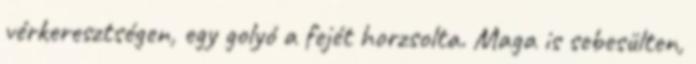
vérkeresztségen, egy golyó a fejét horzsolta. Maga is sebesülten,